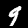
Digit: 9